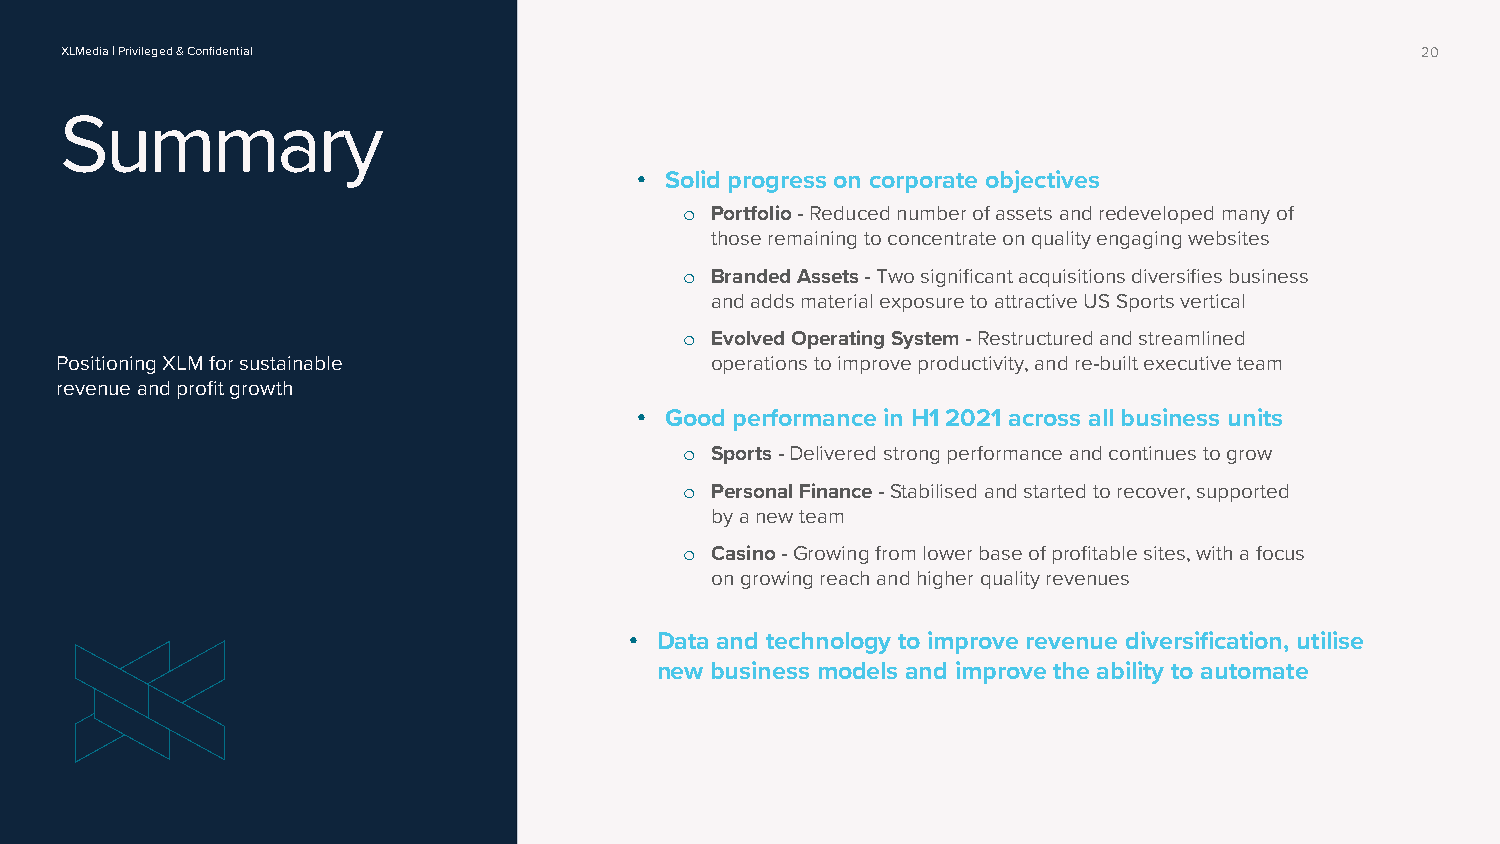
XLMedia | Privileged & Confidential                                                       20
 Summary
 • Solid progress on corporate objectives
 o Portfolio-Reduced number of assets and redeveloped many of
 those remaining to concentrate on quality engaging websites
 o Branded Assets -Two significant acquisitions diversifies business
 and adds material exposure to attractive US Sports vertical
 o Evolved Operating System -Restructured and streamlined
 Positioning XLM for sustainable            operations to improve productivity, and re-built executive team
 revenue and profit growth
 • Good performance in H1 2021 across all business units
 o Sports-Delivered strong performance and continues to grow
 o Personal Finance -Stabilised and started to recover, supported
 by a new team
 o Casino-Growing from lower base of profitable sites, with a focus
 on growing reach and higher quality revenues
 • Data and technology to improve revenue diversification, utilise
 new business models and improve the ability to automate